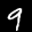
Label: 9